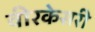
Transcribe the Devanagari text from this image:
वीरकेसरी